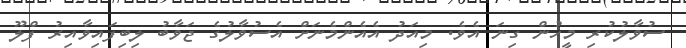
ސުވާލުކުރި މީހުން ގިނަ އެވެ. މިއަދު އެއެންމެނަށް އެސުވާލުގެ ޖަވާބު ލިބިފައިވާއިރު ފްލޫ